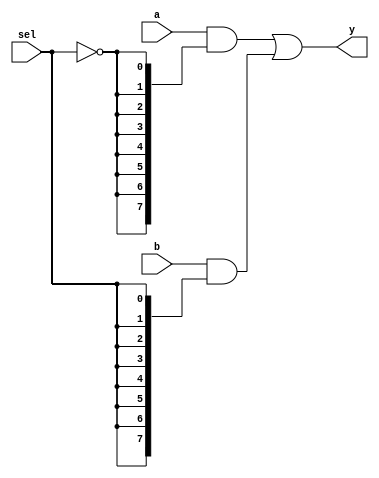
module mux2to1_structural #(parameter WIDTH = 8) (
    input wire [WIDTH-1:0] a,
    input wire [WIDTH-1:0] b,
    input wire sel,
    output wire [WIDTH-1:0] y
);
    wire [WIDTH-1:0] not_sel;
    wire [WIDTH-1:0] and_a;
    wire [WIDTH-1:0] and_b;

    assign not_sel = {WIDTH{~sel}};
    assign and_a = a & not_sel;
    assign and_b = b & {WIDTH{sel}};
    assign y = and_a | and_b;

endmodule